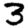
Digit: 3